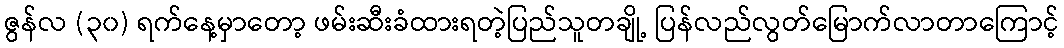
ဇွန်လ (၃၀) ရက်နေ့မှာတော့ ဖမ်းဆီးခံထားရတဲ့ပြည်သူတချို့ ပြန်လည်လွတ်မြောက်လာတာကြောင့်